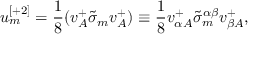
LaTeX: u _ { { m } } ^ { { [ + 2 ] } } = { \frac { 1 } { 8 } } ( v _ { { A } } ^ { + } \tilde { \sigma } _ { { m } } v _ { { A } } ^ { + } ) \equiv { \frac { 1 } { 8 } } v _ { \alpha { A } } ^ { + } \tilde { \sigma } _ { { m } } ^ { \alpha \beta } v _ { \beta { A } } ^ { + } ,